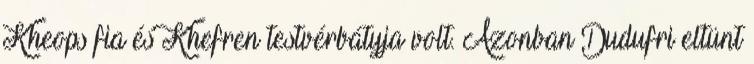
Kheops fia és Khefren testvérbátyja volt. Azonban Dudufri eltünt